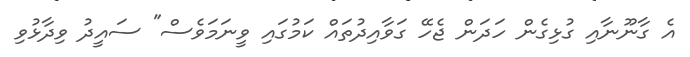
އެ ގާނޫނާއި ގުޅިގެން ހަދަން ޖެހޭ ގަވާއިދުތައް ކަމުގައި ވީނަމަވެސް" ސައީދު ވިދާޅުވި